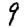
Digit: 9